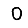
Digit: 0